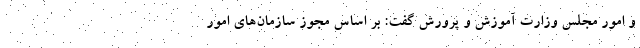
و امور مجلس وزارت آموزش و پرورش گفت: بر اساس مجوز سازمان‌های امور